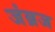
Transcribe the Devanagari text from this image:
जंब्रज